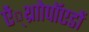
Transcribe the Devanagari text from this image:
ऐं्थ्राोपॉएडों